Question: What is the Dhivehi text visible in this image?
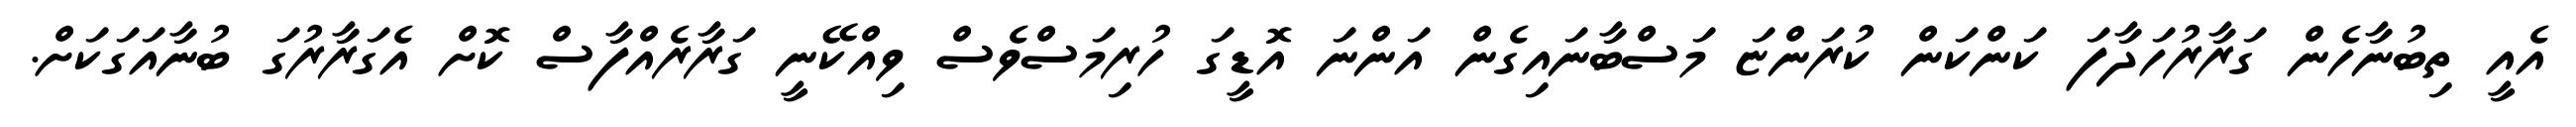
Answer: އެއީ ތިބުނާހެން ގަރާރުހަދާފަ ކަންކަން ކުރަންޏަ މަސްބާނައިގެން އަންނަ އޮޑީގަ ހުރިމަސްވެސް ވިއްކޭނީ ގަރާރެއްފާސް ކޮށް އެގަރާރުގަ ބުނާއަގަކަށް.